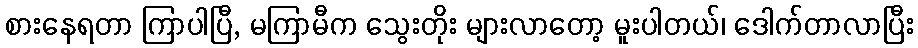
စားနေရတာ ကြာပါပြီ, မကြာမီက သွေးတိုး များလာတော့ မူးပါတယ်၊ ဒေါက်တာလာပြီး